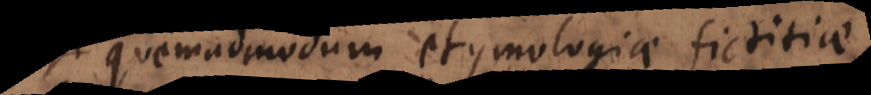
quemadmodum etymologiae fictitiae,